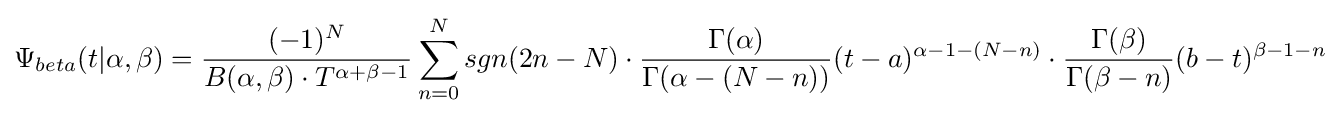
\Psi _{beta}(t|\alpha ,\beta )={\frac {(-1)^{N}}{B(\alpha ,\beta )\cdot T^{\alpha +\beta -1}}}\sum _{n=0}^{N}sgn(2n-N)\cdot {\frac {\Gamma (\alpha )}{\Gamma (\alpha -(N-n))}}(t-a)^{\alpha -1-(N-n)}\cdot {\frac {\Gamma (\beta )}{\Gamma (\beta -n)}}(b-t)^{\beta -1-n}